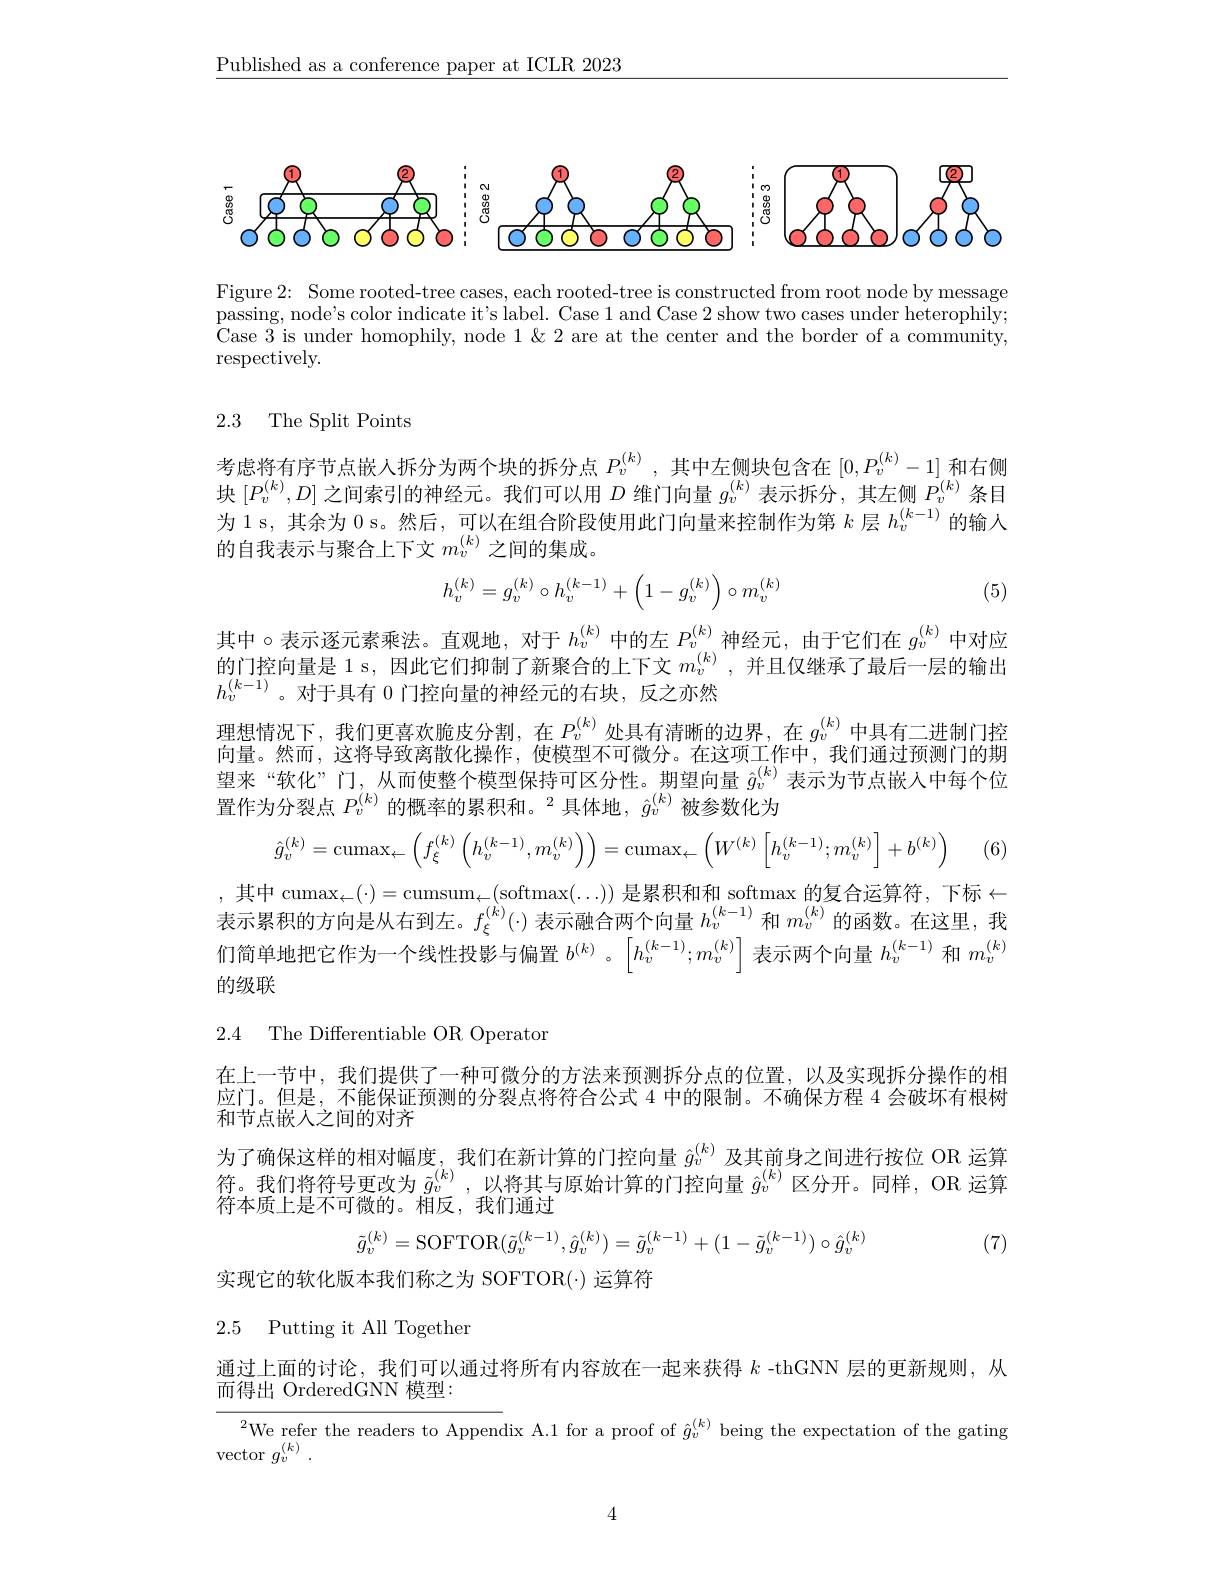
$\underline{\text{Published as a conference paper at ICLR 2023}}$

$\textcircled{1}$
$\textcircled{2}$
12
(0,1)
$\stackrel{\textcircled{\varpi}}{\textcircled{\varpi}}\underline{\textcircled{\Phi}}$
$\textcircled{1}QQ$
$\vdots g_{0}$

Figure 2: Some rooted-tree cases, each rooted-tree is constructed from root node by message passing, node's color indicate it's label. Case 1 and Case 2 show two cases under heterophily; Case 3 is under homophily, node 1 &2 are at the center and the border of a community, respectively.

2.3 The Split Points

考虑将有序节点嵌人拆分为两个块的拆分点$P_v^{(k)}$,其中左侧块包含在$[0,P_v^{(k)}-1]$和右侧块$[P_v^{(k)},D]$之间索引的神经元。我们可以用$D$维门向量$g_v^{(k)}$表示拆分，其左侧$P_v^{(k)}$条目为1s，其余为 0 s。然后，可以在组合阶段使用此门向量来控制作为第$k$层$h_v^{(k-1)}$的输人的自我表示与聚合上下文$m_v^{(k)}$之间的集成
$$h_v^{(k)}=g_v^{(k)}\circ h_v^{(k-1)}+\left(1-g_v^{(k)}\right)\circ m_v^{(k)}$$
(5)

其中 。表示逐元素乘法。直观地，对于$h_v^{(k)}$中的左$P_v^{(k)}$神经元，由于它们在$g_v^{(k)}$中对应的门控向量是 1 s, 因此它们抑制了新聚合的上下文$m_v^{(k)}$,并且仅继承了最后一层的输出$h_v^{(k-1)}$。对于具有 0门控向量的神经元的右块，反之亦然
理想情况下，我们更喜欢脆皮分割，在$P_v^{(k)}$处具有清晰的边界，在$g_v^{(k)}$中具有二进制门控向量。然而，这将导致离散化操作，使模型不可微分。在这项工作中，我们通过预测门的期望来“软化”门，从而使整个模型保持可区分性。期望向量$\hat{g}_v^{(k)}$表示为节点嵌入中每个位置作为分裂点$P_v^{(k)}$的概率的累积和。$^2$具体地，$\hat{g}_v^{(k)}$被参数化为
$$\hat{g}_v^{(k)}=\mathrm{cumax}_\leftarrow\left(f_\xi^{(k)}\left(h_v^{(k-1)},m_v^{(k)}\right)\right)=\mathrm{cumax}_\leftarrow\left(W^{(k)}\left[h_v^{(k-1)};m_v^{(k)}\right]+b^{(k)}\right)$$
(6)

,其中 cumax$_\leftarrow(\cdot)=$cumsum$_\leftarrow($softmax$(\ldots))$ 是累积和和 softmax 的复合运算符，下标$\leftarrow$ 表示累积的方向是从右到左。$f_\xi^{(k)}(\cdot)$表示融合两个向量$h_v^{(k-1)}$和$m_v^{(k)}$的函数。在这里，我们简单地把它作为一个线性投影与偏置$b^{(k)}$ 。$\left\lceil h_v^{(k-1)};m_v^{(k)}\right\rceil$表示两个向量$h_v^{(k-1)}$和$m_v^{(k)}$ 的级联

2.4 The Differentiable OR Operator

在上一节中，我们提供了一种可微分的方法来预测拆分点的位置，以及实现拆分操作的相应门。但是，不能保证预测的分裂点将符合公式 4 中的限制。不确保方程 4 会破坏有根树和节点嵌人之间的对齐
为了确保这样的相对幅度，我们在新计算的门控向量$\hat{g}_v^{(k)}$及其前身之间进行按位 OR 运算符。我们将符号更改为$\tilde{g}_v^{(k)}$ ,以将其与原始计算的门控向量$\hat{g}_v^{(k)}$区分开。同样，OR 运算符本质上是不可微的。相反，我们通过
$$\tilde{g}_{v}^{(k)}=\mathrm{SOFTOR}(\tilde{g}_{v}^{(k-1)},\hat{g}_{v}^{(k)})=\tilde{g}_{v}^{(k-1)}+(1-\tilde{g}_{v}^{(k-1)})\circ\hat{g}_{v}^{(k)}$$
(7)

实现它的软化版本我们称之为 SOFTOR(-) 运算符

2.5 Putting it All Together

通过上面的讨论，我们可以通过将所有内容放在一起来获得$k$ -thGNN 层的更新规则，从
而得出 OrderedGNN 模型：
$^{2}\underset{{\mathrm{We~refer~the~readers~to~Appendix~A.1~for~a~proof~of~}}}\hat{g}_{v}^{(k)}$ being the expectation of the gating
vector $g_v^{( k) }$ .

4